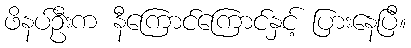
ဖိနပ်ဦးက နီကြောင်ကြောင်နှင့် ပြားနေပြီ။